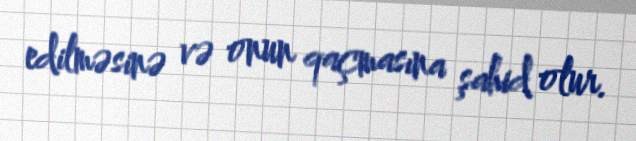
edilməsinə və onun qaçmasına şahid olur.